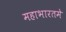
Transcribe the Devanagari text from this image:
महाभारतमे